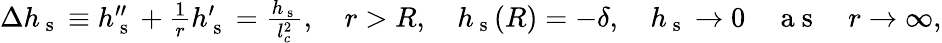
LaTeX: \begin{array}{r}{\Delta h_{\mathrm{~s~}}\equiv h_{\mathrm{~s~}}^{\prime\prime}+\frac{1}{r}h_{\mathrm{~s~}}^{\prime}=\frac{h_{\mathrm{~s~}}}{l_{c}^{2}},\quad r>R,\quad h_{\mathrm{~s~}}(R)=-\delta,\quad h_{\mathrm{~s~}}\rightarrow 0\quad\mathrm{~a~s~}\quad r\rightarrow\infty,}\end{array}